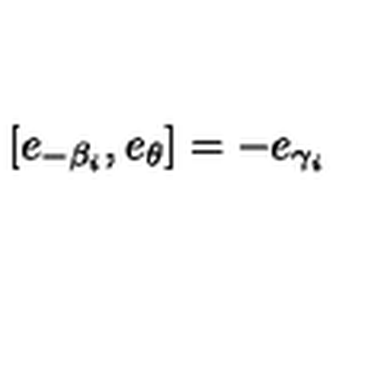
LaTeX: [ e _ { - \beta _ { i } } , e _ { \theta } ] = - e _ { \gamma _ { i } }